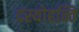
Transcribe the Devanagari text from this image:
दस्योहन्ति